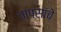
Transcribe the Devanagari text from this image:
तापसांचे